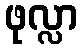
ဖုလ္လာ